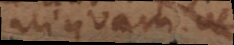
aliquam vel